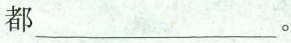
都___。